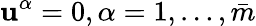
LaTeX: \mathbf{u}^{\alpha}=0,\alpha=1,\ldots,\bar{{m}}